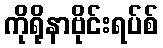
ကိုရိုနာဗိုင်းရပ်စ်